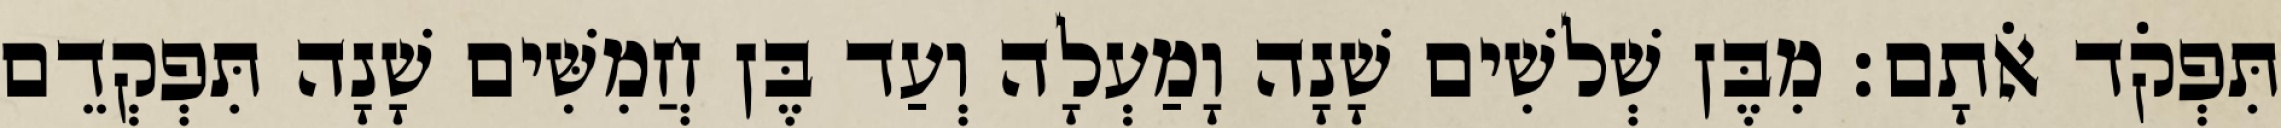
תִּפְקֹד אֹתָם׃ מִבֶּן שְׁלשִׁים שָׁנָה וָמַעְלָה וְעַד בֶּן חֲמִשִּׁים שָׁנָה תִּפְקְדֵם